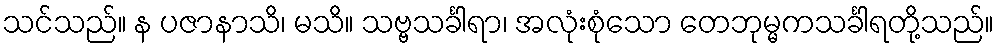
သင်သည်။ န ပဇာနာသိ၊ မသိ။ သဗ္ဗသင်္ခါရာ၊ အလုံးစုံသော တေဘုမ္မကသင်္ခါရတို့သည်။